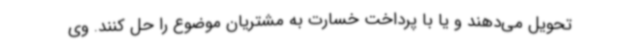
تحویل می‌دهند و یا با پرداخت خسارت به مشتریان موضوع را حل کنند. وی